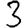
Digit: 3